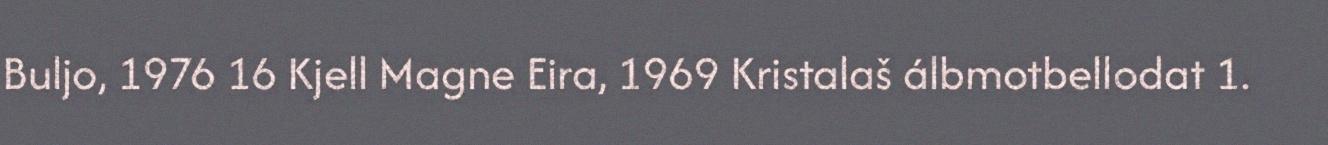
Buljo, 1976 16 Kjell Magne Eira, 1969 Kristalaš álbmotbellodat 1.